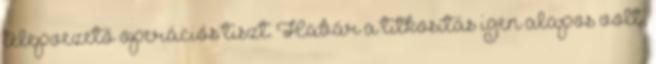
telepvezető operációs tiszt. Habár a titkosítás igen alapos volt,